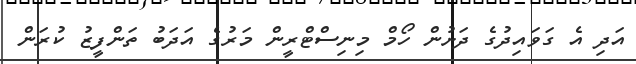
އަދި އެ ގަވައިދުގެ ދަށުން ހޯމް މިނިސްޓްރީން މަރުގެ އަދަބު ތަންފީޒު ކުރަން